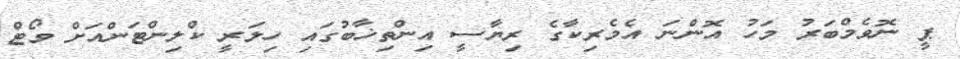
ޕީ ނޮވެމްބަރު މަހު އޮންނަ އެމެރިކާގެ ރިޔާސީ އިންތިޚާބުގައި ހިލަރީ ކްލިންޓަންއަށް ވޯޓް